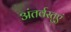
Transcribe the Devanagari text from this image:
अंतर्वस्तुएं